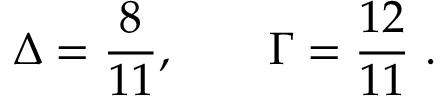
\Delta = \frac { 8 } { 1 1 } , \qquad \Gamma = \frac { 1 2 } { 1 1 } \ .